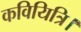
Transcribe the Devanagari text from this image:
कवियित्रि।